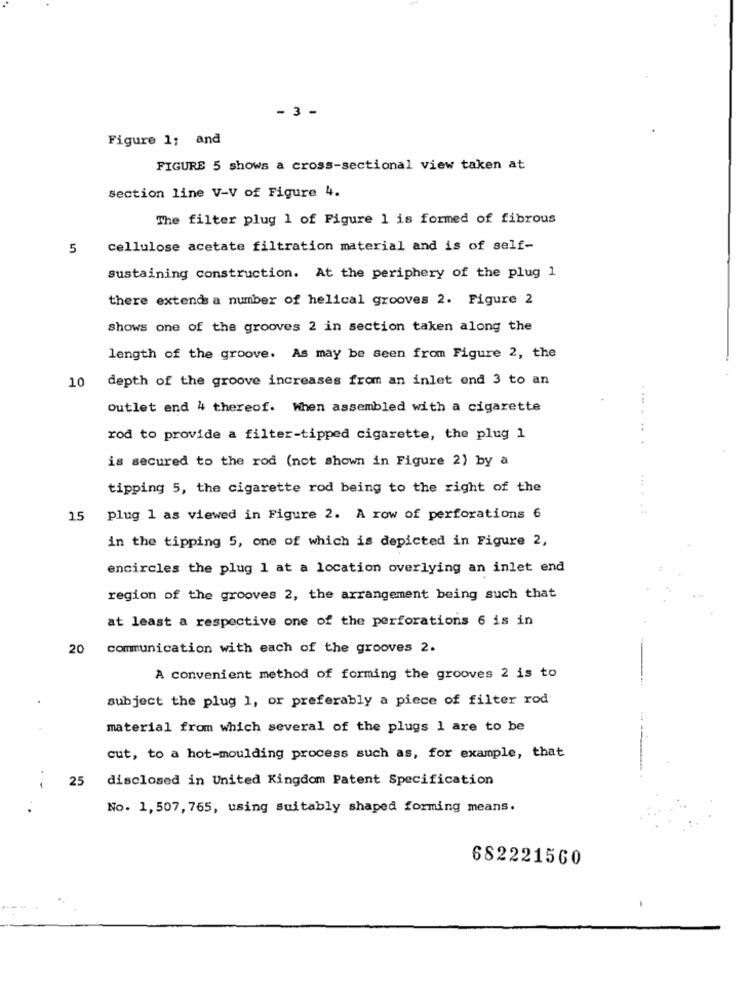
- 3 -
Figure 1; and
FIGURE 5 shows a cross-sectional view taken at
section line V-V of Figure 4.
The filter plug 1 of Figure 1 is formed of fibrous
5
cellulose acetate filtration material and is of self-
sustaining construction. At the periphery of the plug 1
there extends a number of helical grooves 2. Figure 2
shows one of the grooves 2 in section taken along the
length of the groove. As may be seen from Figure 2, the
depth of the groove increases from an inlet end 3 to an
10
Outlet end 4 thereof. When assembled with a cigarette
:
rod to provide a filter-tipped cigarette, the plug 1
is secured to the rod (not shown in Figure 2) by a
tipping 5, the cigarette rod being to the right of the
15 plug 1 as viewed in Figure 2. A row of perforations 6
in the tipping 5, one of which is depicted in Figure 2,
encircles the plug 1 at a location overlying an inlet end
region of the grooves 2, the arrangement being such that
at least a respective one of the perforations 6 is in
20
communication with each of the grooves 2.
A convenient method of forming the grooves 2 is to
subject the plug 1, or preferably a piece of filter rod
material from which several of the plugs 1 are to be
cut, to a hot-moulding process such as, for example, that
25
disclosed in United Kingdom Patent Specification
No. 1,507, 765, using suitably shaped forming means.
682221560